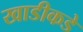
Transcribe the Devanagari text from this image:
खाडीकडे